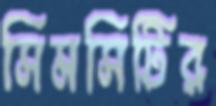
সিমসিটির